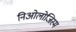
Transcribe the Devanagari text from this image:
निओलोजिस्म